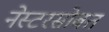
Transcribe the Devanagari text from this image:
नेस्टरसोबत